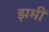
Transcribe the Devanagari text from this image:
झमीं